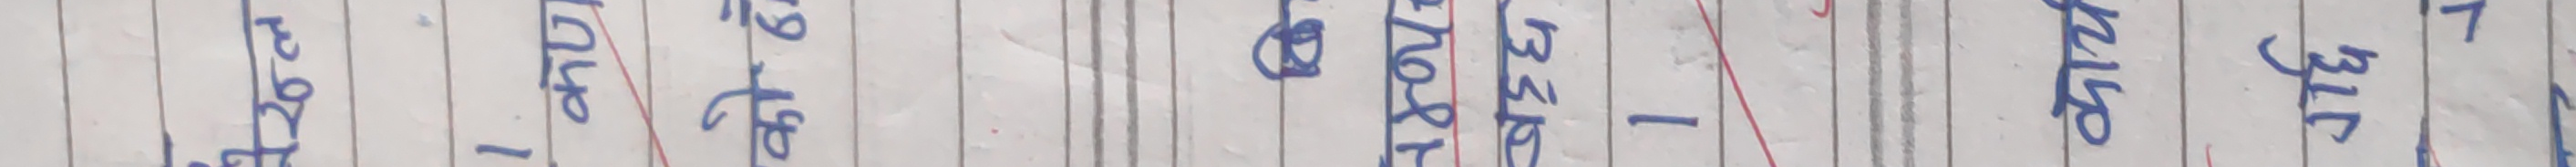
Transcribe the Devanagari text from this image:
७१२६२
- ।१४५ ।
मोवाइल
१।३९०
- १।४७०
- ३१०
।३१४०